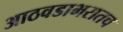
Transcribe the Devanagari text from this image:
आठवडाभरातच